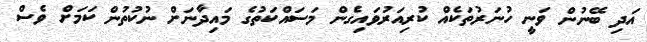
އަދި ބޭނުން ވަނީ ހުނަރުތަކެއް ކުރިއަރުވައިގެން މަސައްކަތުގެ މައިދާނަށް ނުކުތުން ކަމަށް ވެސް